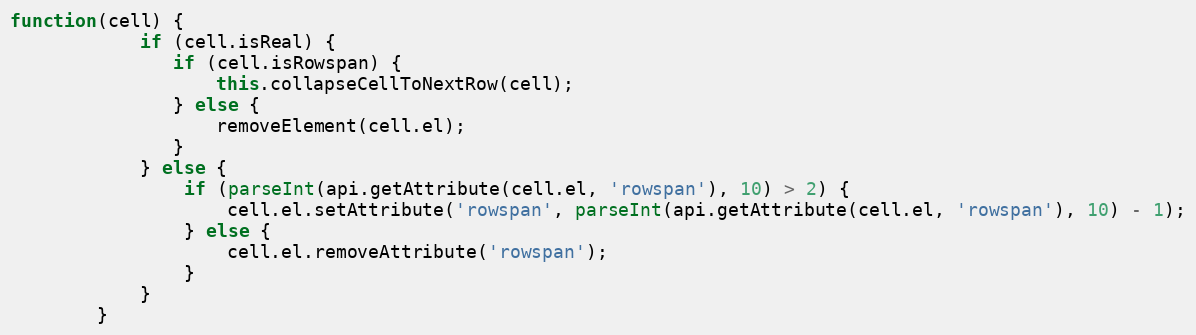
Language: JavaScript
function(cell) {
            if (cell.isReal) {
               if (cell.isRowspan) {
                   this.collapseCellToNextRow(cell);
               } else {
                   removeElement(cell.el);
               }
            } else {
                if (parseInt(api.getAttribute(cell.el, 'rowspan'), 10) > 2) {
                    cell.el.setAttribute('rowspan', parseInt(api.getAttribute(cell.el, 'rowspan'), 10) - 1);
                } else {
                    cell.el.removeAttribute('rowspan');
                }
            }
        }